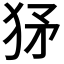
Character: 𤝩